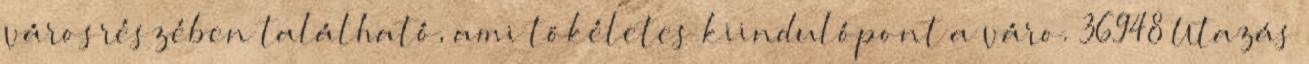
városrészében található, ami tökéletes kiindulópont a váro. 36948 Utazás